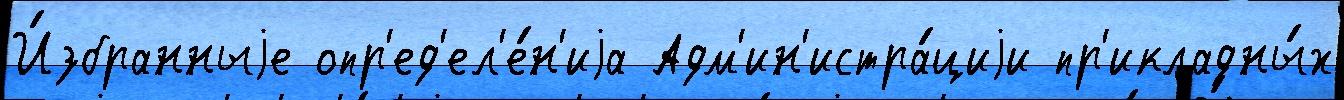
И́збранныjе опр'ед'ел'е́н'иjа Адм'ин'истра́циjи пр'икладны́х